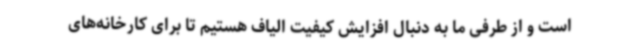
است و از طرفی ما به دنبال افزایش کیفیت الیاف هستیم تا برای کارخانه‌های